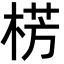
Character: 㭶